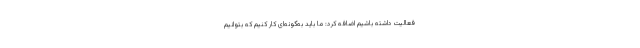
فعالیت داشته باشیم اضافه کرد: ما باید به‌گونه‌ای کار کنیم که بتوانیم